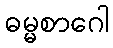
ဓမ္မစာဂေါ